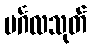
မင်္ဂလသုတ်